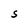
Character: S